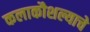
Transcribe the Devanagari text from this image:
कलाकौशल्याचे